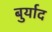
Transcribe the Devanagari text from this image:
बुर्याद